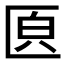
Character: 𠥁